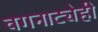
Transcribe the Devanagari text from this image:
वगनाट्येही